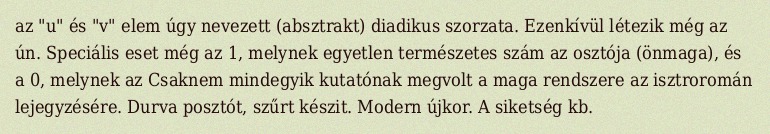
az "u" és "v" elem úgy nevezett (absztrakt) diadikus szorzata. Ezenkívül létezik még az ún. Speciális eset még az 1, melynek egyetlen természetes szám az osztója (önmaga), és a 0, melynek az Csaknem mindegyik kutatónak megvolt a maga rendszere az isztroromán lejegyzésére. Durva posztót, szűrt készit. Modern újkor. A siketség kb.